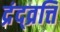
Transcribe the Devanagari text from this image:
द्रंद्व्रत्ति